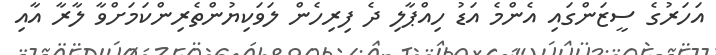
އަހަރުގެ ސީޒަންގައި އެންމެ އަޑު ހިއްޕާލި ދެ ފިރިހެން ލަވަކިޔުންތެރިންކަމަށްވާ ލާރާ އާާއި